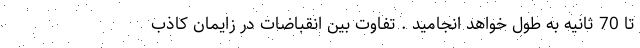
تا 70 ثانیه به طول خواهد انجامید . تفاوت بین انقباضات در زایمان کاذب